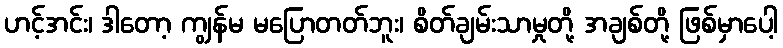
ဟင့်အင်း၊ ဒါတော့ ကျွန်မ မပြောတတ်ဘူး၊ စိတ်ချမ်းသာမှုတို့ အချစ်တို့ ဖြစ်မှာပေါ့